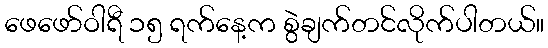
ဖေဖော်ဝါရီ ၁၅ ရက်နေ့က စွဲချက်တင်လိုက်ပါတယ်။